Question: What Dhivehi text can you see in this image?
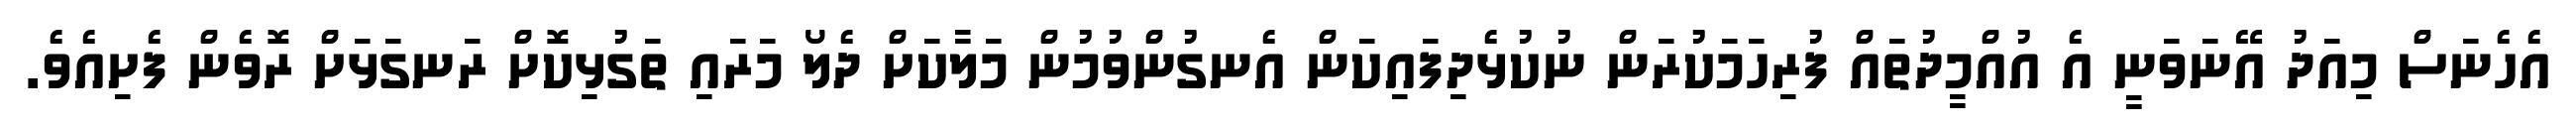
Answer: އެހެނަސް މިއަދު އޭނަވަނީ އެ އުއްމީދުތައް ފުރިހަމަކުރަން ނުކުޅެދިފައިކަން އެނގުންވުމުން މަލާކަށް ދެލޯ މަރައި ތަގުޅިކޮށް ރަނގަޅަށް ރޮވެން ފެށިއެވެ.